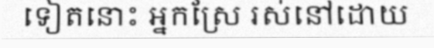
ទៀតនោះ អ្នកស្រែ រស់នៅដោយ